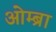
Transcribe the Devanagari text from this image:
ओम्ब्रा